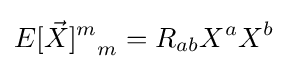
{E[{\vec {X}}]^{m}}_{m}=R_{ab}X^{a}X^{b}